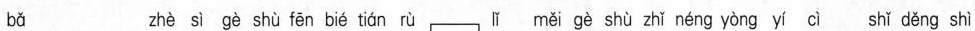
bǎ zhè sì gè shù fēn bié tián rù lǐ měi gè shù zhǐ néng yòng yí cì shǐ děng shì